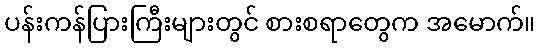
ပန်းကန်ပြားကြီးများတွင် စားစရာတွေက အမောက်။